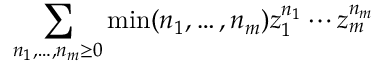
\sum _ { n _ { 1 } , \ldots , n _ { m } \geq 0 } \operatorname* { m i n } ( n _ { 1 } , \ldots , n _ { m } ) z _ { 1 } ^ { n _ { 1 } } \cdots z _ { m } ^ { n _ { m } }